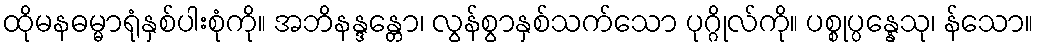
ထိုမနဓမ္မာရုံနှစ်ပါးစုံကို။ အဘိနန္ဒန္တော၊ လွန်စွာနှစ်သက်သော ပုဂ္ဂိုလ်ကို။ ပစ္စုပ္ပန္နေသု၊ န်သော။